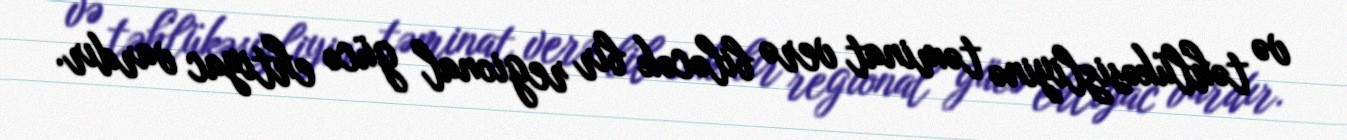
və təhlükəsizliyinə təminat verə biləcək bir regional gücə ehtiyac vardır.